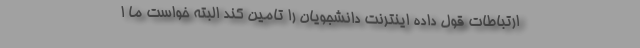
ارتباطات قول داده اینترنت دانشجویان را تامین کند البته خواست ما ا